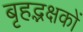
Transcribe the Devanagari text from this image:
बृहद्भक्षकों